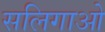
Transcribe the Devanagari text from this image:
सलिगाओ